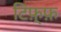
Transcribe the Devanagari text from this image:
टिफ़्फ़